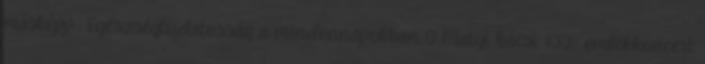
másképp- Egészségtudatosság a mindennapokban 0 Matyi bácsi 100- emlékkoncert